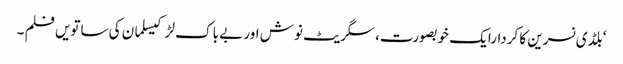
‘بلڈی نسرین کا کردارایک خوبصورت، سگریٹ نوش اور بے باک لڑکیسلمان کی ساتویں فلم ۔